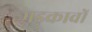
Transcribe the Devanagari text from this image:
भड़कावों